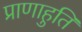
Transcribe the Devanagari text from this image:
प्राणाहुति